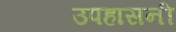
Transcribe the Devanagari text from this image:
उपहासनी